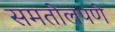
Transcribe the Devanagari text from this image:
समतोलपणे